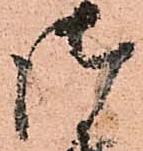
御